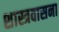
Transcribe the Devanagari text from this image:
शास्त्रवासना